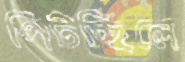
পিটচ্ছিলে